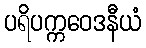
ပရိပက္ကဝေဒနီယံ